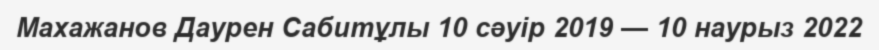
Махажанов Даурен Сабитұлы 10 сәуір 2019 — 10 наурыз 2022